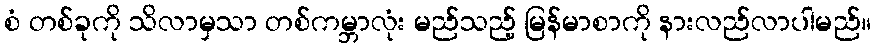
စံ တစ်ခုကို သိလာမှသာ တစ်ကမ္ဘာလုံး မည်သည့် မြန်မာစာကို နားလည်လာပါမည်။